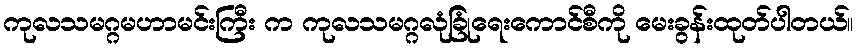
ကုလသမဂ္ဂမဟာမင်းကြီး က ကုလသမဂ္ဂလုံခြုံရေးကောင်စီကို မေးခွန်းထုတ်ပါတယ်။